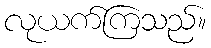
လုယက်ကြသည်။